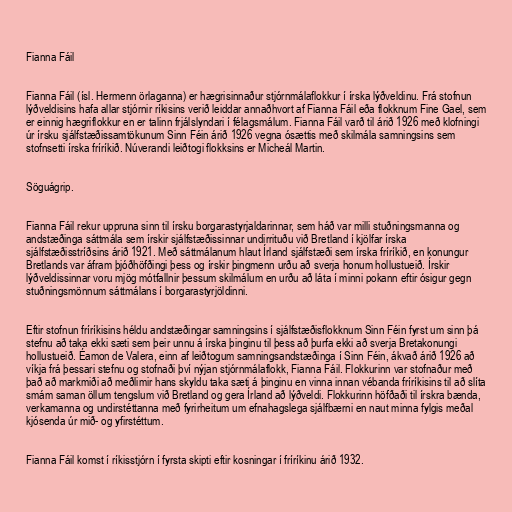
Fianna Fáil

Fianna Fáil (ísl. Hermenn örlaganna) er hægrisinnaður stjórnmálaflokkur í írska lýðveldinu. Frá stofnun
lýðveldisins hafa allar stjórnir ríkisins verið leiddar annaðhvort af Fianna Fáil eða flokknum Fine Gael, sem
er einnig hægriflokkur en er talinn frjálslyndari í félagsmálum. Fianna Fáil varð til árið 1926 með klofningi
úr írsku sjálfstæðissamtökunum Sinn Féin árið 1926 vegna ósættis með skilmála samningsins sem
stofnsetti írska fríríkið. Núverandi leiðtogi flokksins er Micheál Martin.

Söguágrip.

Fianna Fáil rekur uppruna sinn til írsku borgarastyrjaldarinnar, sem háð var milli stuðningsmanna og
andstæðinga sáttmála sem írskir sjálfstæðissinnar undirrituðu við Bretland í kjölfar írska
sjálfstæðisstríðsins árið 1921. Með sáttmálanum hlaut Írland sjálfstæði sem írska fríríkið, en konungur
Bretlands var áfram þjóðhöfðingi þess og írskir þingmenn urðu að sverja honum hollustueið. Írskir
lýðveldissinnar voru mjög mótfallnir þessum skilmálum en urðu að láta í minni pokann eftir ósigur gegn
stuðningsmönnum sáttmálans í borgarastyrjöldinni.

Eftir stofnun fríríkisins héldu andstæðingar samningsins í sjálfstæðisflokknum Sinn Féin fyrst um sinn þá
stefnu að taka ekki sæti sem þeir unnu á írska þinginu til þess að þurfa ekki að sverja Bretakonungi
hollustueið. Éamon de Valera, einn af leiðtogum samningsandstæðinga í Sinn Féin, ákvað árið 1926 að
víkja frá þessari stefnu og stofnaði því nýjan stjórnmálaflokk, Fianna Fáil. Flokkurinn var stofnaður með
það að markmiði að meðlimir hans skyldu taka sæti á þinginu en vinna innan vébanda fríríkisins til að slíta
smám saman öllum tengslum við Bretland og gera Írland að lýðveldi. Flokkurinn höfðaði til írskra bænda,
verkamanna og undirstéttanna með fyrirheitum um efnahagslega sjálfbærni en naut minna fylgis meðal
kjósenda úr mið- og yfirstéttum.

Fianna Fáil komst í ríkisstjórn í fyrsta skipti eftir kosningar í fríríkinu árið 1932.